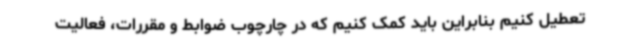
تعطیل کنیم بنابراین باید کمک کنیم که در چارچوب ضوابط و مقررات، فعالیت